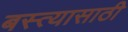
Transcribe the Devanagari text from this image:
बस्त्यासाठी